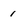
Character: 1